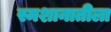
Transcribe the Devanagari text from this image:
स्मशानातीला